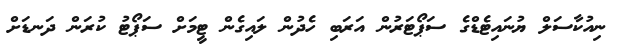
ނިއުކާސަލް ޔުނައިޓެޑްގެ ސަޕޯޓަރުން އަރަބި ހެދުން ލައިގެން ޓީމަށް ސަޕޯޓު ކުރަން ދަނޑަށް